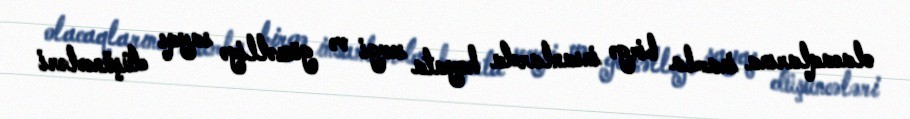
olacaqlarına inamla birgə insanlarda həyata sevgi və gözəlliyə sayqı düşüncələri